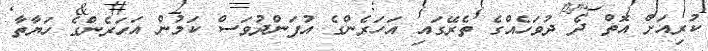
ކުރިއަށް އޮތް ދެ ދުވަހެއްގެ ތެރޭގައި އަހަރެންގެ އުފަންދުވަސް ކަމުން އަހަރެންގެ ހަޔާތާ